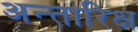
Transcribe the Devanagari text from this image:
अन्तारिक्ष